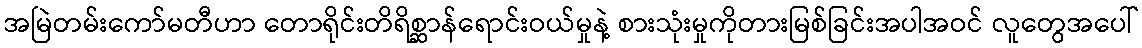
အမြဲတမ်းကော်မတီဟာ တောရိုင်းတိရိစ္ဆာန်ရောင်းဝယ်မှုနဲ့ စားသုံးမှုကိုတားမြစ်ခြင်းအပါအဝင် လူတွေအပေါ်